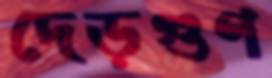
দেড়গুণ